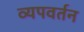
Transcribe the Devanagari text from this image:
व्यपवर्तन